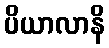
ပိယာလာနိ